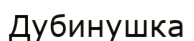
Дубинушка